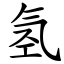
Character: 氢